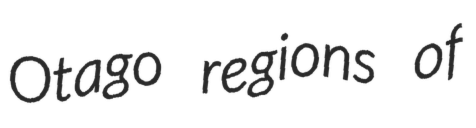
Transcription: Otago regions of